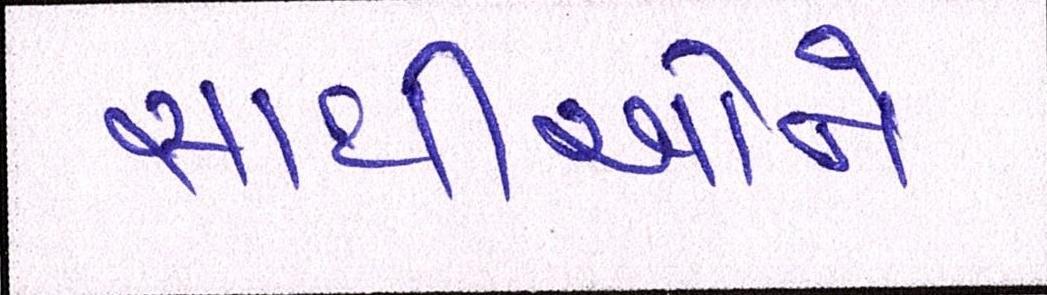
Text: સાથીઓને